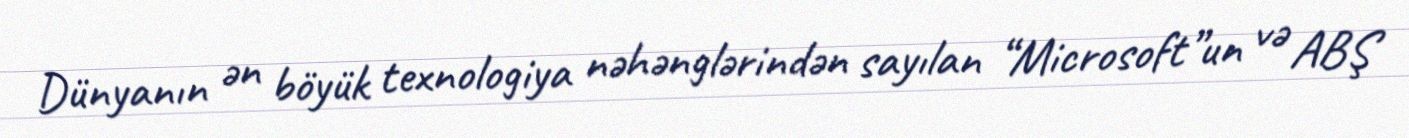
Dünyanın ən böyük texnologiya nəhənglərindən sayılan “Microsoft”un və ABŞ